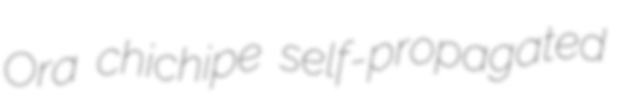
Ora chichipe self-propagated